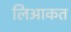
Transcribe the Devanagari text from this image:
लिआकत